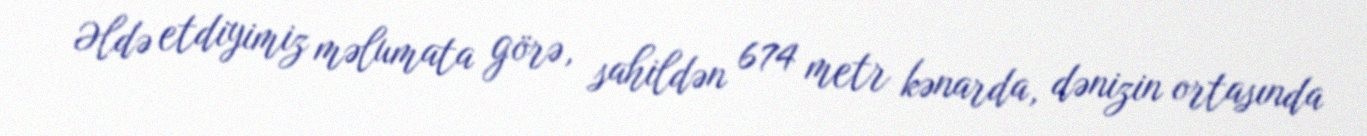
Əldə etdiyimiz məlumata görə, sahildən 674 metr kənarda, dənizin ortasında